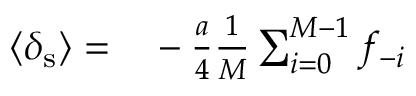
\begin{array} { r l } { \langle \delta _ { \mathrm { s } } \rangle = } & { { } - \frac { a } { 4 } \frac { 1 } { M } \sum _ { i = 0 } ^ { M - 1 } f _ { - i } } \end{array}